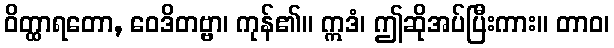
ဝိတ္ထာရတော, ဝေဒိတဗ္ဗာ၊ ကုန်၏။ ဣဒံ၊ ဤဆိုအပ်ပြီးကား။ တာဝ၊